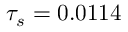
\tau _ { s } = 0 . 0 1 1 4